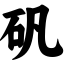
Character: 矾